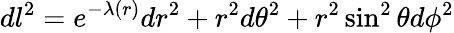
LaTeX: dl^{2}=e^{-\lambda(r)}{dr^{2}}+r^{2}d\theta^{2}+r^{2}\sin^{2}\theta d\phi^{2}